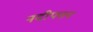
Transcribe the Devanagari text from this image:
नदीपत्तन